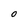
Character: O